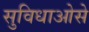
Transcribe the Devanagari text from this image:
सुविधाओसे